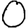
Digit: 0